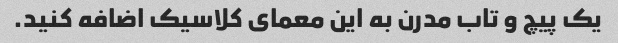
یک پیچ و تاب مدرن به این معمای کلاسیک اضافه کنید.